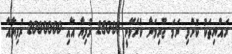
ރައްޔިތަކު ކޮށްފި ނަމަ ޖޫރިމަނާ ކުރެވޭނީ 25000 ރުފިޔާ އާއި 2000000 ރުފިޔާއާ